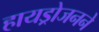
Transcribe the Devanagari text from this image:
हायड्रोजनने